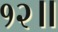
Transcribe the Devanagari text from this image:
१२॥